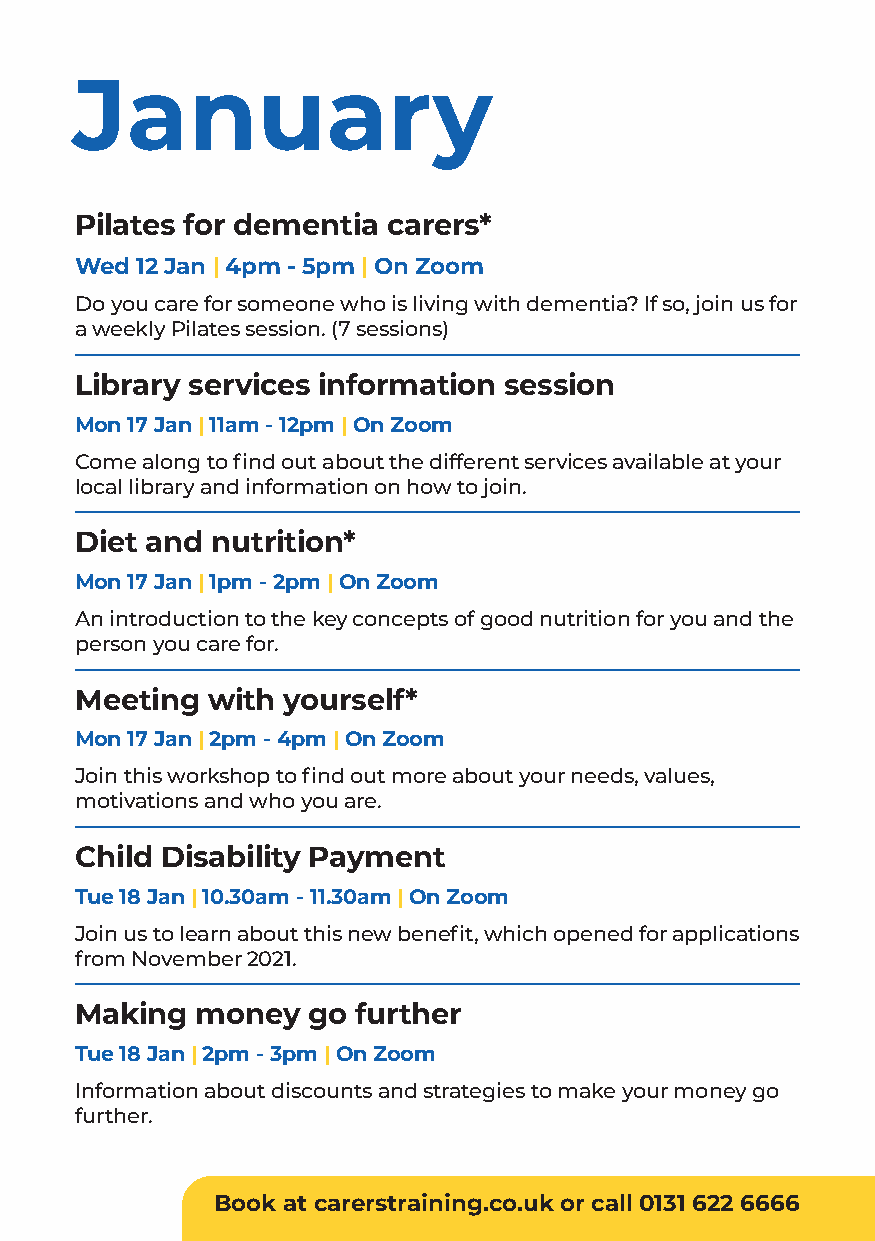
January
 Pilates for dementia carers*
 Wed 12 Jan | 4pm - 5pm | On Zoom
 Do you care for someone who is living with dementia? If so, join us for
 a weekly Pilates session. (7 sessions)
 Library services information session
 Mon 17 Jan | 11am - 12pm | On Zoom
 Come along to find out about the different services available at your
 local library and information on how to join.
 Diet and nutrition*
 Mon 17 Jan | 1pm - 2pm | On Zoom
 An introduction to the key concepts of good nutrition for you and the
 person you care for.
 Meeting  with yourself*
 Mon 17 Jan | 2pm - 4pm | On Zoom
 Join this workshop to find out more about your needs, values,
 motivations and who you are.
 Child Disability Payment
 Tue 18 Jan | 10.30am - 11.30am | On Zoom
 Join us to learn about this new benefit, which opened for applications
 from November 2021.
 Making  money  go further
 Tue 18 Jan | 2pm - 3pm | On Zoom
 Information about discounts and strategies to make your money go
 further.
 Book at carerstraining.co.uk or call 0131 622 6666